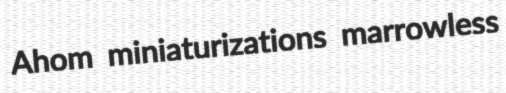
Ahom miniaturizations marrowless